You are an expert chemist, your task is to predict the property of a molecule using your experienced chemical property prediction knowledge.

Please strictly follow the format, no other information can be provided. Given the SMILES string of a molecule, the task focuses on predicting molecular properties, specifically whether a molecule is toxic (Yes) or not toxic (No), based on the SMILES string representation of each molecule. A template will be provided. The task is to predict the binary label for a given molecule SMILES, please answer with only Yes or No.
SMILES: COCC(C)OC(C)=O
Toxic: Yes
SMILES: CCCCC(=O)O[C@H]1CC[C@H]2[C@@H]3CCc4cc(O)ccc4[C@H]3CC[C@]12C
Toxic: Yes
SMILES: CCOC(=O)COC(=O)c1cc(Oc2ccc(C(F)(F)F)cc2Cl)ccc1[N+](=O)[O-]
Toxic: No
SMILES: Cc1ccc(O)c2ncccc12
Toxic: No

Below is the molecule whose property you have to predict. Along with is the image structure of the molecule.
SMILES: O=C(Nc1ccc(Cl)cc1)Nc1ccc(Cl)c(C(F)(F)F)c1
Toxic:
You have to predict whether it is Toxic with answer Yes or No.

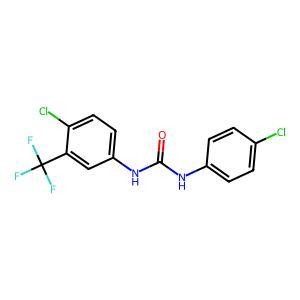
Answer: No